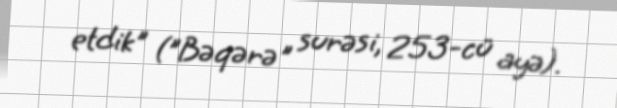
etdik" ("Bəqərə" surəsi, 253-cü ayə).